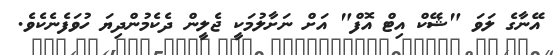
އޭނާގެ ލަވަ "ޝޭކް އިޓް އޮފް" އަށް ނަށާލުމަކީ ޖެލީން ދެކެމުންދިޔަ ހުވަފެނެކެވެ.